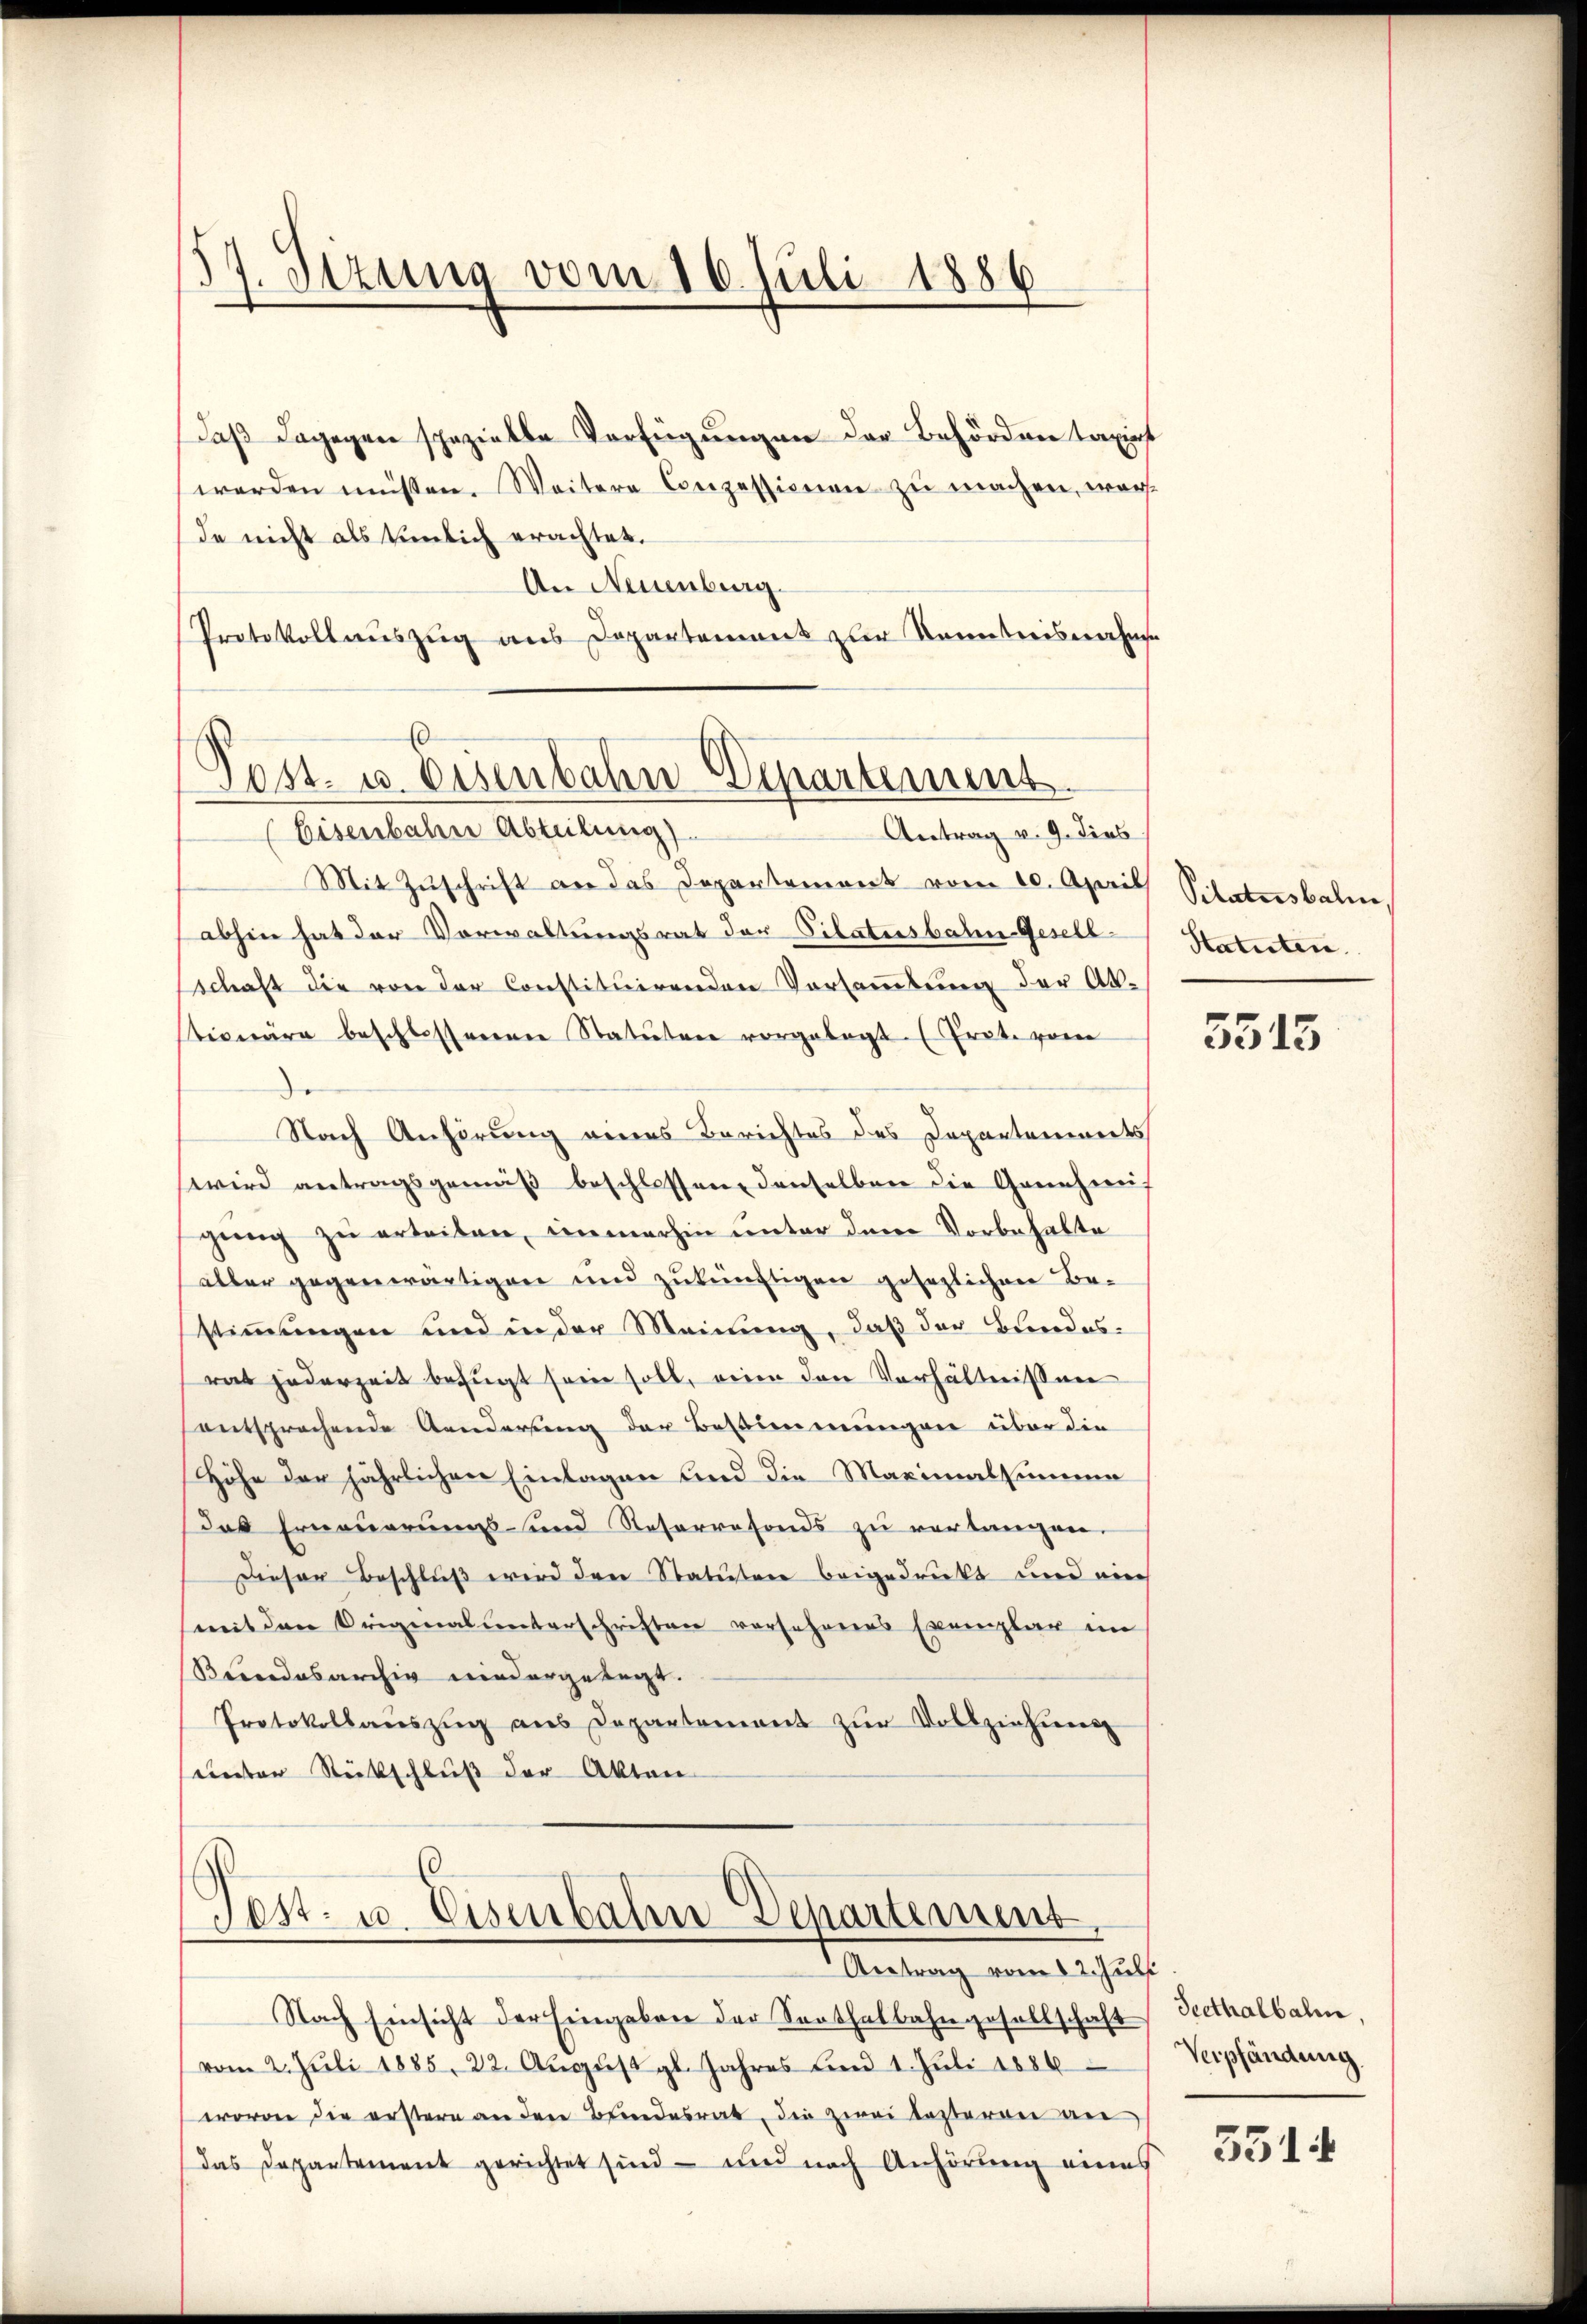
17. Sezung vom 16. Juli 1886

daß dagegen spezielle Verfügungen der Behörden taxirt
werden müssen. Weitere Conzessionen zu machen, war
de nicht als tümlich erachtet.
An Neuenburg.
Protokollauszug aus Departement zur Kenntnisnahms
Eisenbahn Abteilung).
Antrag v. 9. dies
Mit Zuschrift an das Departement vom 10. April Pilatusbalie
abhin hat der Vorwaltungsrat der Vilatusbale Gesellschaft die von der Constituirenden Vorsammlung der Aktionäre beschlossenen Statuten vorgelegt. (Trat. vom
Nach Anhörung eines Berichtes des Departenwerts
wird antragsgemäß beschlossen, denselben die Genehmis
gŭng zu erleiben, immerhin unter dem Vorbehalte
aller gegenwärtigen und zukünftigen gesezlichen Be-
stimmungen und in der Meinung, daß der Bundes-
ras jederzeit befugt sein soll, wenn den Verhältnissen
entsprochende Aenderung der Bestimmungen über die
Höhe der jährlichen Einlagen und die Maximalsummen
das Erneuerungs- und Reservefonds zu verlangen.
Dieser Beschluß wird den Statuten beigedruckt und ein
mit den Originalunterschriften versehenes Exemplar im
Beundesarchiv niedergelegt.
Protokollaŭszŭg ans Departement zŭr Vollziehung
unter Rückschluß der Akten

0
Post- u. eisenbahn-Departement.

Post- u. Eisenbahn Departement
Antrag vom 12. Juli

Statuten.

Nach Einsicht der Eingaben der Saathalbahngesellschaft Seethalbahn
vom 2. Juli 1885, 22. Aŭgŭst gl. Jahres und 1. Jŭli 1886
worden die erstern an den Bundesrat, die zwei testeren an
Das Departement gerichtet sind – und nach Anhörung eines

5515

Verpfändung

3514